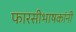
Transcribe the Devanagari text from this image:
फारसीभाषकांनी